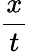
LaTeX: \frac{x}{t}